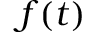
f ( t )